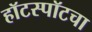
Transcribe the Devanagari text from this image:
हॉटस्पॉटचा